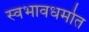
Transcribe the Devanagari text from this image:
स्वभावधर्मात